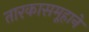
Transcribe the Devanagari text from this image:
तारकासमूहाने